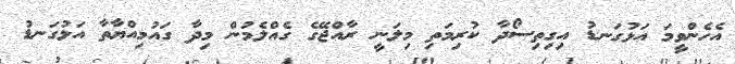
އެހެންވީމަ އަޅުގަނޑު އިގިތިސޯދާ ކުރިމަތި މިލަނީ ރާއްޖޭގެ ގެއްލެމުން މިދާ ގައުމިއްޔާތާ އަޅުގަނޑު